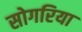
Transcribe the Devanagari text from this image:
सोगरिया